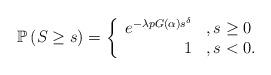
LaTeX: \begin{align*}\mathbb{P}\left(S \geq s\right)=\left\{\begin{array}{rl}e^{-\lambda p G\left(\alpha\right)s^{\delta}} & ,s \geq 0\\1 & ,s < 0.\end{array}\right. \end{align*}